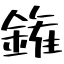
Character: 𨫝